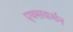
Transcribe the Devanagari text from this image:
एक्सकर्शन